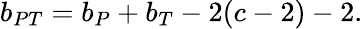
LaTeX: b_{PT}=b_{P}+b_{T}-2(c-2)-2.